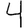
Digit: 4